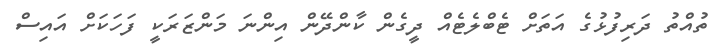
ތުއްތު ދަރިފުޅުގެ އަތަށް ޓެބްލެޓެއް ދީގެން ކާންދޭން އިންނަ މަންޒަރަކީ ފަހަކަށް އައިސް